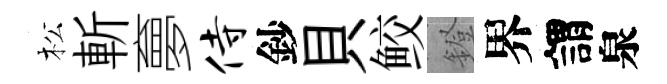
松斬夣侍鈔貝鲛鐙界謂泉